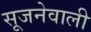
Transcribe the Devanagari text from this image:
सूजनेवाली